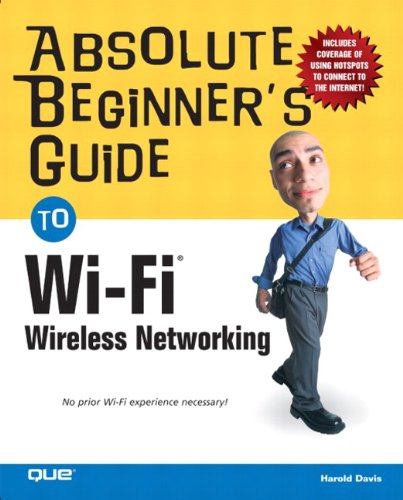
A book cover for Absolute Beginner's Guide to Wi-Fi Wireless Networking; Harold Davis; Computers & Technology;